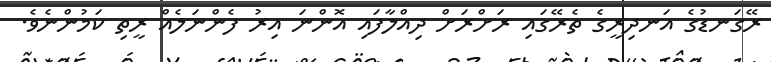
ރޭގަނޑުގެ އަނދިރީގެ ތެރޭގައި ރަށްރަށް ދިއްލާފައި އޮންނަ އިރު ފެންނަލެއް ރީތި ކަމުންނެވެ.